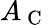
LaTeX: A_{\mathrm{~C~}}